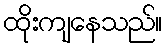
ထိုးကျနေသည်။